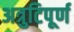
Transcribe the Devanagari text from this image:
अत्रुटिपूर्ण